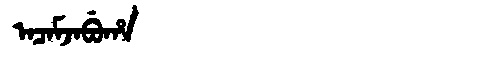
Manchu: ᠠᠴᠠᠮᠵᠠᠪᡠᡥᠠ
Romanization: ACAMJABUHA